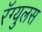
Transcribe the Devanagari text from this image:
रॅग्युलस